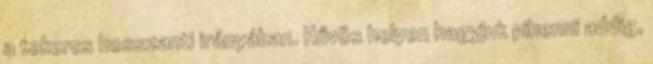
a tekercs hosszanti irányában. Hűvös helyen hagyjuk pihenni addig,